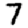
Digit: 7